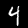
Digit: 4